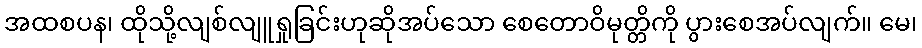
အထစပန၊ ထိုသို့လျစ်လျူရှုခြင်းဟုဆိုအပ်သော စေတောဝိမုတ္တိကို ပွားစေအပ်လျက်။ မေ၊